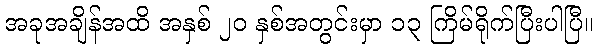
အခုအချိန်အထိ အနှစ် ၂၀ နှစ်အတွင်းမှာ ၁၃ ကြိမ်ရိုက်ပြီးပါပြီ။